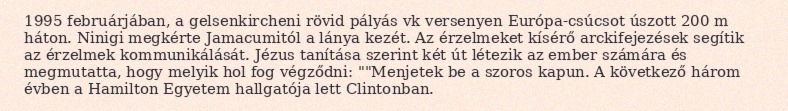
1995 februárjában, a gelsenkircheni rövid pályás vk versenyen Európa-csúcsot úszott 200 m háton. Ninigi megkérte Jamacumitól a lánya kezét. Az érzelmeket kísérő arckifejezések segítik az érzelmek kommunikálását. Jézus tanítása szerint két út létezik az ember számára és megmutatta, hogy melyik hol fog végződni: ""Menjetek be a szoros kapun. A következő három évben a Hamilton Egyetem hallgatója lett Clintonban.